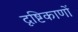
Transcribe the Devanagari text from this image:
दृष्टिकाणों